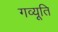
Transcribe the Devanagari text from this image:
गव्यूति